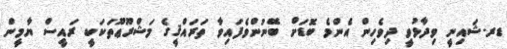
ޑރ.ޝައިނީ ވިދާޅުވީ ދިވެހިން އެންމެ ބޮޑަށް ބޭނުންވެފައިވާ ތަރައްޤީގެ މަޝްރޫޢޫތަކަކީ ރައީސް ޔާމީން